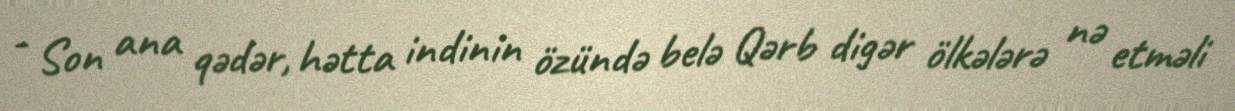
- Son ana qədər, hətta indinin özündə belə Qərb digər ölkələrə nə etməli